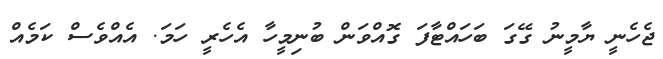
ޖެެހެނީ ޔާމީނު ގޭގަ ބަހައްޓާފަ ގޮއްވަން ބުނިމީހާ އެހެރީ ހަމަ. އެއްވެސް ކަމެއް